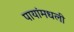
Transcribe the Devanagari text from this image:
पायांमधली